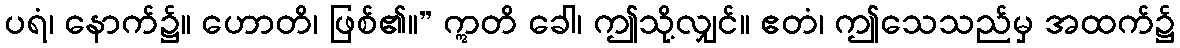
ပရံ၊ နောက်၌။ ဟောတိ၊ ဖြစ်၏။” ဣတိ ခေါ၊ ဤသို့လျှင်။ ဧတံ၊ ဤသေသည်မှ အထက်၌